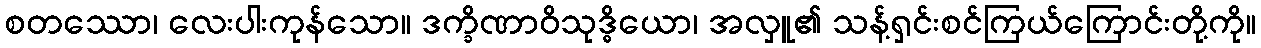
စတဿော၊ လေးပါးကုန်သော။ ဒက္ခိဏာဝိသုဒ္ဓိယော၊ အလှူ၏ သန့်ရှင်းစင်ကြယ်ကြောင်းတို့ကို။